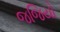
જજિયો